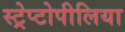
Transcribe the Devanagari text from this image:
स्ट्रेप्टोपीलिया